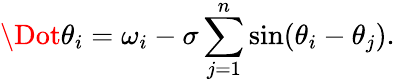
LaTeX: \Dot{\theta}_{i}=\omega_{i}-\sigma\sum_{j=1}^{n}\sin(\theta_{i}-\theta_{j}).